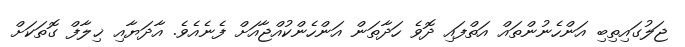
ޖަލުގައިތިބި އަންހެނުންތައް އަތްފައި ދޮވެ ހަދާތަން އަންހެންކުއްޖާއަށް ފެނެއެވެ. އާދަޔާއި ޚިލާފް ގޮތަކަށް